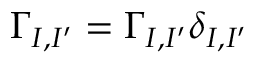
\Gamma _ { I , I ^ { \prime } } = \Gamma _ { I , I ^ { \prime } } \delta _ { I , I ^ { \prime } }